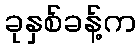
ခုနှစ်ခန့်က